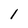
Character: 1